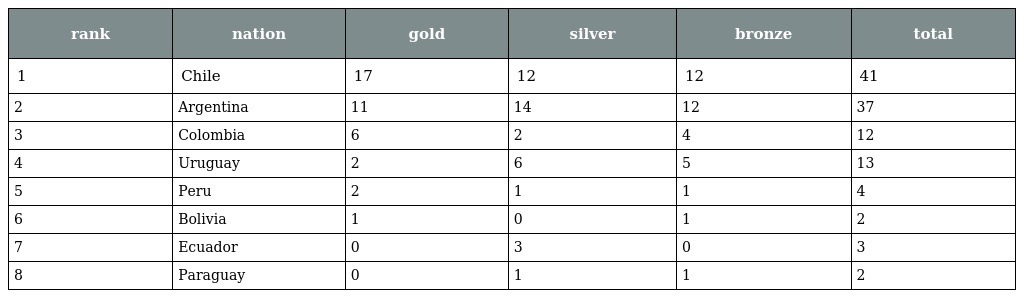
| rank | nation | gold | silver | bronze | total |
 | --- | --- | --- | --- | --- | --- |
 | 1 | Chile | 17 | 12 | 12 | 41 |
 | 2 | Argentina | 11 | 14 | 12 | 37 |
 | 3 | Colombia | 6 | 2 | 4 | 12 |
 | 4 | Uruguay | 2 | 6 | 5 | 13 |
 | 5 | Peru | 2 | 1 | 1 | 4 |
 | 6 | Bolivia | 1 | 0 | 1 | 2 |
 | 7 | Ecuador | 0 | 3 | 0 | 3 |
 | 8 | Paraguay | 0 | 1 | 1 | 2 |